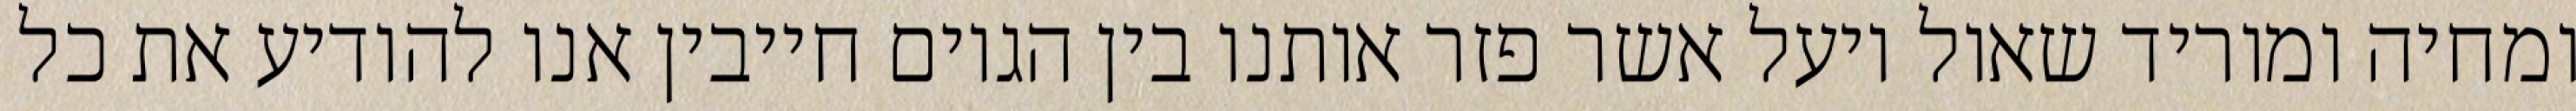
ומחיה ומוריד שאול ויעל אשר פזר אותנו בין הגוים חייבין אנו להודיע את כל